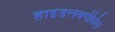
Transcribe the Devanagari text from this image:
हाइडलबर्गेसिस